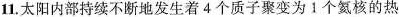
11.太阳内部持续不断地发生着4个质子聚变为1个氦核的热